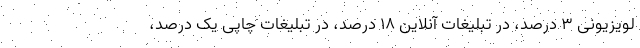
لویزیونی ۳ درصد، در تبلیغات آنلاین ۱۸ درصد، در تبلیغات چاپی یک درصد،